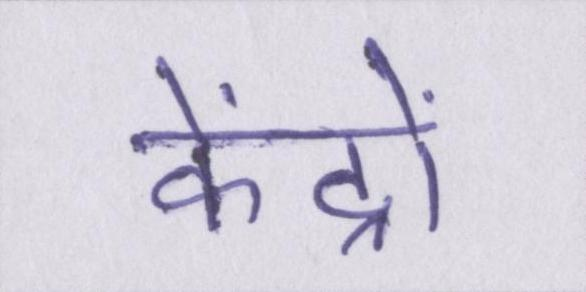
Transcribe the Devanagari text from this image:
केंद्रों